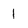
Character: 1